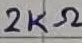
Text: R2